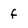
Character: f